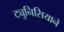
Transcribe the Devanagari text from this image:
ट्युनिसियाने